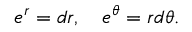
e ^ { r } = d r , \quad e ^ { \theta } = r d \theta .